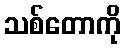
သစ်တောကို